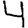
Digit: 4